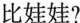
比娃娃?